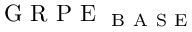
\mathrm { ~ G ~ R ~ P ~ E ~ } _ { \mathrm { ~ B ~ A ~ S ~ E ~ } }